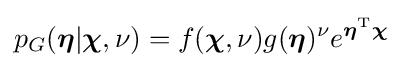
p_{G}({\boldsymbol {\eta }}|{\boldsymbol {\chi }},\nu )=f({\boldsymbol {\chi }},\nu )g({\boldsymbol {\eta }})^{\nu }e^{{\boldsymbol {\eta }}^{\rm {T}}{\boldsymbol {\chi }}}